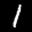
Label: 1